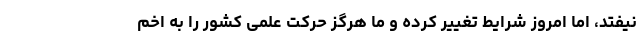
نیفتد، اما امروز شرایط تغییر کرده و ما هرگز حرکت علمی کشور را به اخم